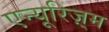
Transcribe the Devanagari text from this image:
एन्यूरिज़्म